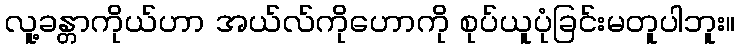
လူ့ခန္တာကိုယ်ဟာ အယ်လ်ကိုဟောကို စုပ်ယူပုံခြင်းမတူပါဘူး။